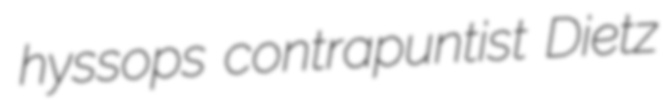
hyssops contrapuntist Dietz